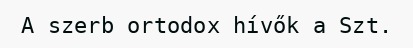
A szerb ortodox hívők a Szt.